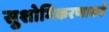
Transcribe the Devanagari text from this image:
सुशोभिकरणाकडे